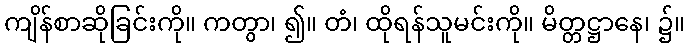
ကျိန်စာဆိုခြင်းကို။ ကတွာ၊ ၍။ တံ၊ ထိုရန်သူမင်းကို။ မိတ္တဋ္ဌာနေ၊ ၌။